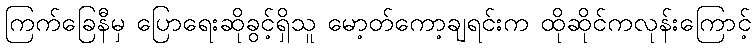
ကြက်ခြေနီမှ ပြောရေးဆိုခွင့်ရှိသူ မော့တ်ကော့ချရင်းက ထိုဆိုင်ကလုန်းကြောင့်